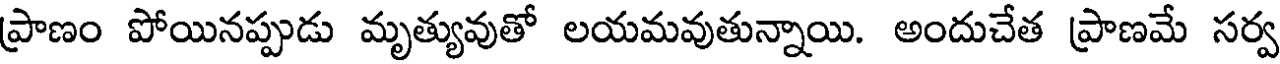
ప్రాణం పోయినప్పుడు మృత్యువుతో లయమవుతున్నాయి. అందుచేత ప్రాణమే సర్వ